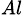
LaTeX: _{Al}